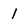
Character: 1